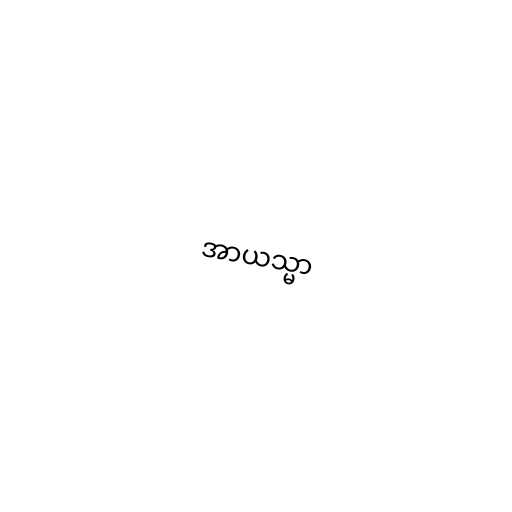
အာယသ္မာ